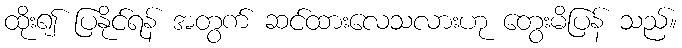
ထိုး၍ ပြနိုင်ရန် အတွက် ဆင်ထားလေသလားဟု တွေးမိပြန် သည်။